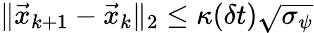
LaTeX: \| \vec{x}_{k+1}-\vec{x}_{k}\| _{2}\leq\kappa(\delta t)\sqrt{\sigma_{\psi}}